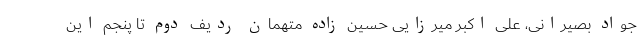
جواد بصیرانی، علی اکبر میرزایی حسین زاده متهمان ردیف دوم تا پنجم این